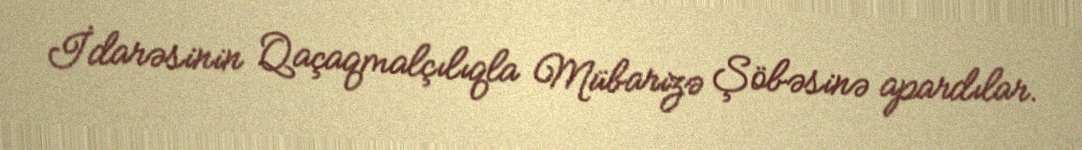
İdarəsinin Qaçaqmalçılıqla Mübarizə Şöbəsinə apardılar.